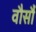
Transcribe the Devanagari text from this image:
वौर्सौ